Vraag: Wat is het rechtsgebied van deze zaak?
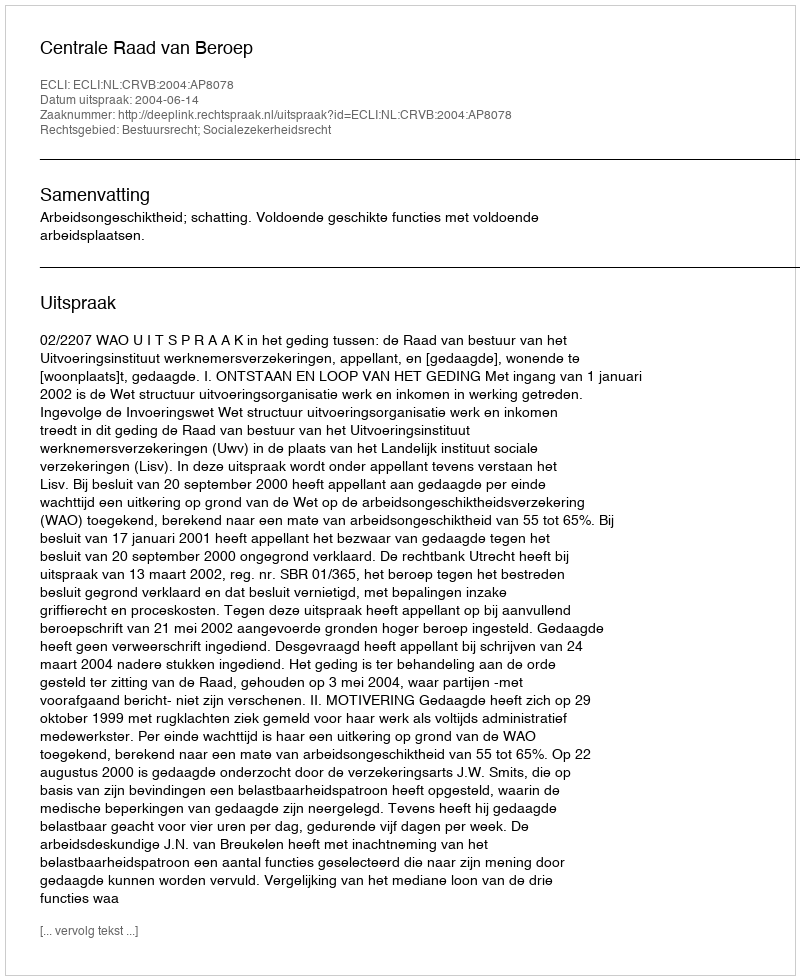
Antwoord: Bestuursrecht; Socialezekerheidsrecht